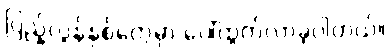
ပြည့်လွန်နှစ်တွေမှာ ပေါ်ထွက်လာခဲ့ပါတယ်။